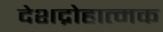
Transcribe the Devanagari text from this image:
देशद्रोहात्मक